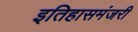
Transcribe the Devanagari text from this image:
इतिहासमंजरी